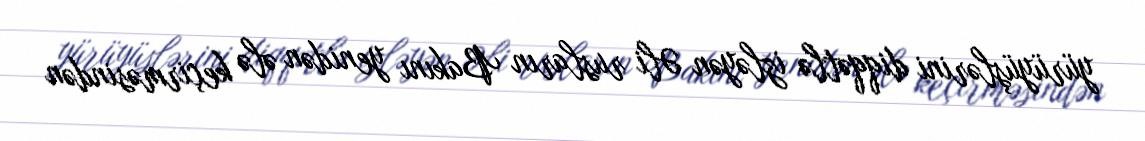
yürüyüşlərini diqqətlə izləyən Əli rusların Bakını yenidən ələ keçirməsindən